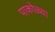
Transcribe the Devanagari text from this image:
पाकोळ्या